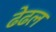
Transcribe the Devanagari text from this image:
ढेढल